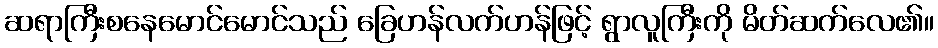
ဆရာကြီးစနေမောင်မောင်သည် ခြေဟန်လက်ဟန်ဖြင့် ရွာလူကြီးကို မိတ်ဆက်လေ၏။